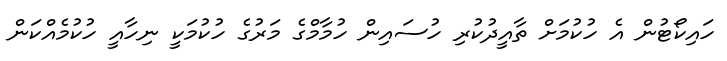
ހައިކޯޓުން އެ ހުކުމަށް ތާއީދުކުރި ހުސައިން ހުމާމްގެ މަރުގެ ހުކުމަކީ ނިހާއީ ހުކުމެއްކަން